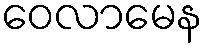
ဝေလာမေန